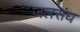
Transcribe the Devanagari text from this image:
जलसंघ